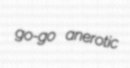
go-go anerotic